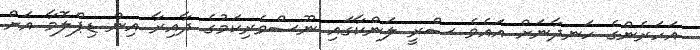
އަހަރެންގެ ހަނދާނަށް އައެވެ ސްރީ ލަންކާގައި ނޫސްވެރިކަމުގެ ދާއިރާ އިން ޑިޕްލޮމާ އަށް